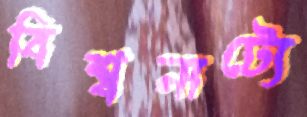
বিশ্বনাট্যে